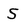
Character: 5